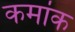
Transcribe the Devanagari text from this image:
कमांक